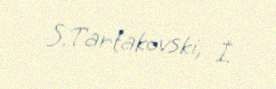
S.Tartakovski, İ.